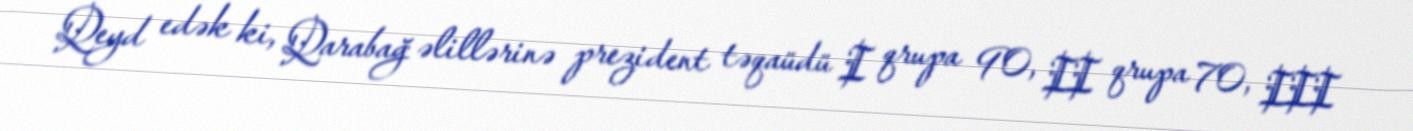
Qeyd edək ki, Qarabağ əlillərinə prezident təqaüdü I qrupa 90, II qrupa 70, III